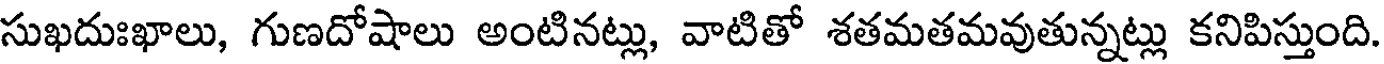
సుఖదుఃఖాలు, గుణదోషాలు అంటినట్లు, వాటితో శతమతమవుతున్నట్లు కనిపిస్తుంది